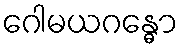
ဂေါမယဂန္ဓော